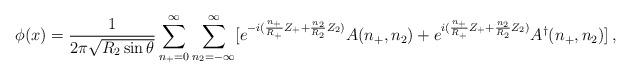
LaTeX: \begin{align*}\phi(x) = \frac{1}{2\pi\sqrt{R_2 \sin\theta}}\sum_{n_+=0}^\infty\sum_{n_2=-\infty}^\infty [e^{-i(\frac{n_+}{R_+}Z_+ +\frac{n_2}{R_2}Z_2)} A(n_+,n_2)+ e^{i(\frac{n_+}{R_+}Z_+ + \frac{n_2}{R_2}Z_2)}A^\dagger(n_+,n_2){]}\,,\end{align*}